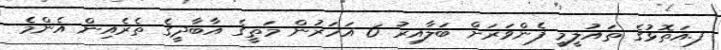
ފ.އަތޮޅުގެ ތައުލީމީ ފެންވަރަށް ބަލާއިރު 6 އަހަރުން މަތީގެ އާބާދީގެ ތެރެއިން އެންމެ